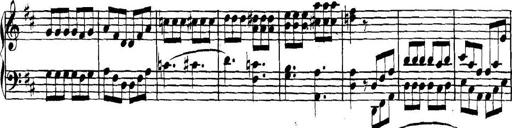
Title: Collected Piano Sonatas
Composer: Muzio Clementi